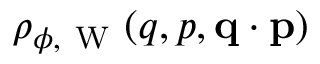
\rho _ { \phi , \mathrm { ~ W ~ } } ( q , p , \ensuremath { \mathbf { q } } \cdot \ensuremath { \mathbf { p } } )